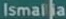
Ismalia